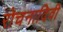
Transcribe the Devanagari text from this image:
रोचनादिवी